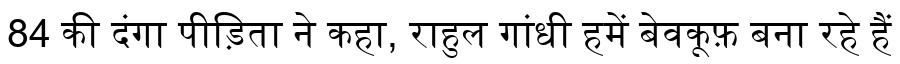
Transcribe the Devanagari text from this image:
84 की दंगा पीड़िता ने कहा, राहुल गांधी हमें बेवकूफ़ बना रहे हैं